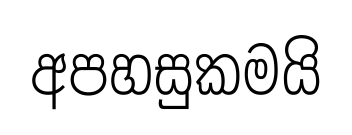
අපහසුකමයි